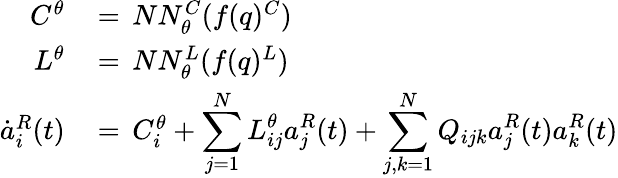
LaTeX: \begin{array}{rl}{C^{\theta}\, }&{=\, NN_{\theta}^{C}(f(q)^{C})}\\ {L^{\theta}\, }&{=\, NN_{\theta}^{L}(f(q)^{L})}\\ {\dot{a}_{i}^{R}(t)\, }&{=\, C_{i}^{\theta}+\displaystyle\sum_{j=1}^{N}L_{ij}^{\theta}a_{j}^{R}(t)+\displaystyle\sum_{j,k=1}^{N}Q_{ijk}a_{j}^{R}(t)a_{k}^{R}(t)}\end{array}